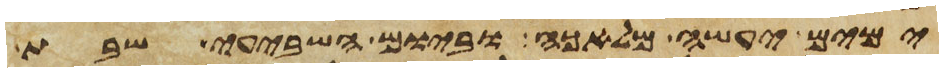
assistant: ימים יעשה מלאכה וביום השביעי שבת